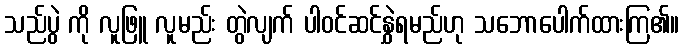
သည်ပွဲ ကို လူဖြူ လူမည်း တွဲလျက် ပါဝင်ဆင်နွှဲရမည်ဟု သဘောပေါက်ထားကြ၏။